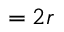
= 2 r